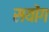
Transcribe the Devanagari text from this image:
सयोंग